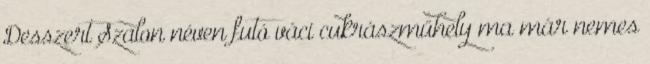
Desszert Szalon néven futó váci cukrászműhely ma már nemes